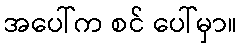
အပေါ်က စင် ပေါ်မှာ။